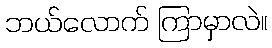
ဘယ်လောက် ကြာမှာလဲ။